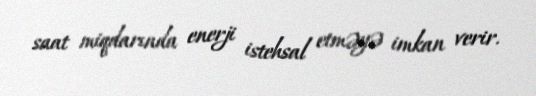
saat miqdarında enerji istehsal etməyə imkan verir.